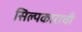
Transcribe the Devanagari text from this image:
सिल्पकाराची